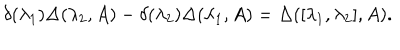
LaTeX: \delta ( \lambda _ { 1 } ) \Delta ( \lambda _ { 2 } , A ) - \delta ( \lambda _ { 2 } ) \Delta ( \lambda _ { 1 } , A ) = \Delta ( [ \lambda _ { 1 } , \lambda _ { 2 } ] , A ) .